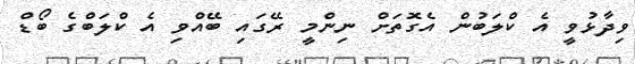
ވިދާޅުވީ އެ ކްލަބުން އެގޮތަށް ނިންމީ ރޭގައި ބޭއްވި އެ ކްލަބްގެ ބޯޑް